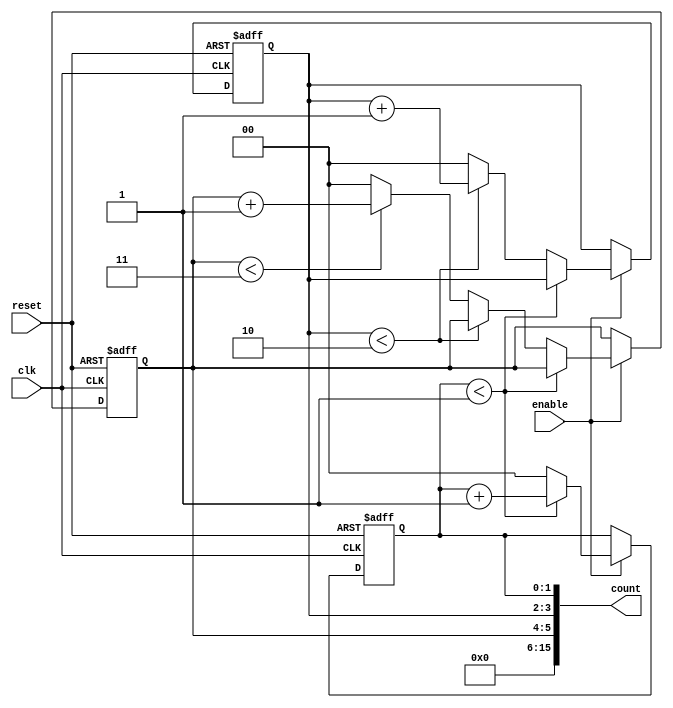
module mixed_radix_counter (
    input wire clk,
    input wire reset,
    input wire enable,
    output reg [15:0] count // Adjust size based on max digit count needed
);

// Define the radices for each digit
localparam RADIX_0 = 2; // Base 2
localparam RADIX_1 = 3; // Base 3
localparam RADIX_2 = 4; // Base 4

// Define the max values for each radix
localparam MAX_0 = RADIX_0 - 1; // Max for base 2 is 1
localparam MAX_1 = RADIX_1 - 1; // Max for base 3 is 2
localparam MAX_2 = RADIX_2 - 1; // Max for base 4 is 3

// Counter registers for each digit
reg [1:0] digit0; // 2-bit for base 2
reg [1:0] digit1; // 2-bit for base 3 (max 2)
reg [1:0] digit2; // 2-bit for base 4 (max 3)

// Synchronous reset and counting process
always @(posedge clk or posedge reset) begin
    if (reset) begin
        digit0 <= 2'b00;
        digit1 <= 2'b00;
        digit2 <= 2'b00;
    end else if (enable) begin
        // Increment least significant digit
        if (digit0 < MAX_0) begin
            digit0 <= digit0 + 1;
        end else begin
            digit0 <= 2'b00; // Reset digit0
            // Check next digit
            if (digit1 < MAX_1) begin
                digit1 <= digit1 + 1;
            end else begin
                digit1 <= 2'b00; // Reset digit1
                // Check the most significant digit
                if (digit2 < MAX_2) begin
                    digit2 <= digit2 + 1;
                end else begin
                    digit2 <= 2'b00; // Reset digit2
                end
            end
        end
    end
end

// Output representation
always @(*) begin
    count = {digit2, digit1, digit0}; // Concatenate digits into count output
end

endmodule